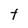
Character: t